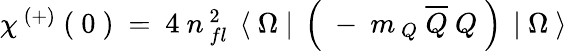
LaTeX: \begin{array}{l}{{\chi^{\ (+)}\ (\ 0\ )\ =\ 4\ n_{\ fl}^{\ 2}\ \left\langle\ \Omega\ \right|\ \left(\ -\ m_{\ Q}\ \overline{{{Q}}}\ Q\ \right)\ \left|\ \Omega\ \right\rangle}}\end{array}